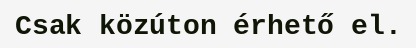
Csak közúton érhető el.